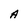
Character: A